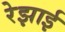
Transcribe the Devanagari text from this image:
रेझाई